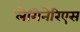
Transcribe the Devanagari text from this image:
लेगिनेरिएस